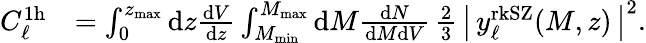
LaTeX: \begin{array}{rl}{C_{\ell}^{\mathrm{1h}}}&{=\int_{0}^{z_{\mathrm{max}}}\mathrm{d}z\frac{\mathrm{d}V}{\mathrm{d}z}\int_{M_{\mathrm{min}}}^{M_{\mathrm{max}}}\mathrm{d}M\frac{\mathrm{d}N}{\mathrm{d}M\mathrm{d}V}\, \frac{2}{3}\, \left|\, y_{\ell}^{\mathrm{rkSZ}}(M,z)\, \right|^{2}.}\end{array}